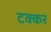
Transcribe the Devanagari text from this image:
टक्कर